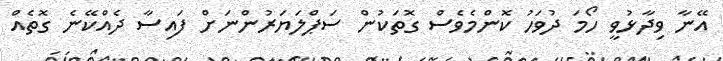
އޭނާ ވިދާޅުވީ ހޯމަ ދުވަހު ކޮންމެވެސް ގޮތަކުން ސަޕްލަޔަރުންނަށް ފައިސާ ދެއްކޭނެ ގޮތެއް